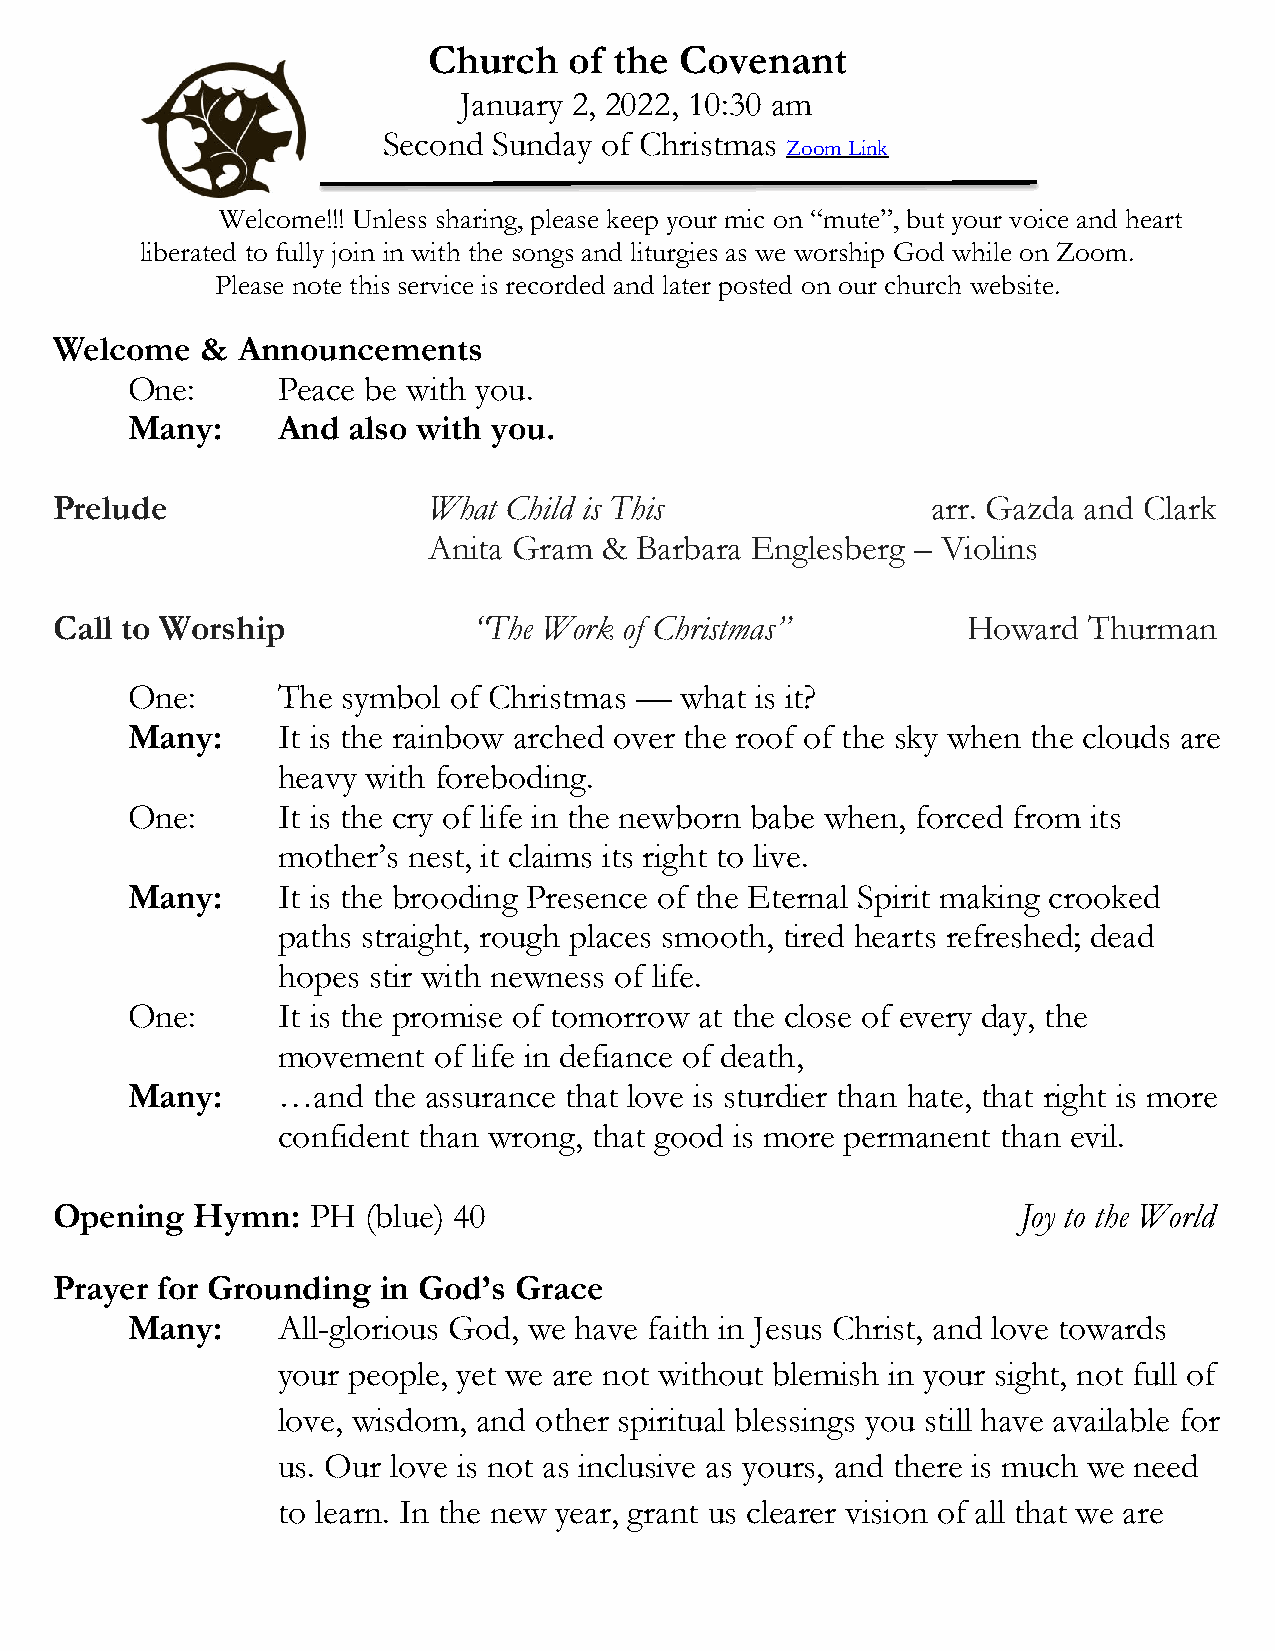
Church    of the Covenant
 January 2, 2022, 10:30 am
 Second  Sunday of Christmas
 Zoom Link
 Welcome!!! Unless sharing, please keep your mic on “mute”, but your voice and heart
 liberated to fully join in with the songs and liturgies as we worship God while on Zoom.
 Please note this service is recorded and later posted on our church website.
 Welcome   &  Announcements
 One:      Peace be with you.
 Many:     And  also with you.
 Prelude                  What Child is This                arr. Gazda and Clark
 Anita Gram  & Barbara Englesberg – Violins
 Call to Worship             “The Work of Christmas”          Howard  Thurman
 One:      The  symbol of Christmas — what is it?
 Many:     It is the rainbow arched over the roof of the sky when the clouds are
 heavy with foreboding.
 One:      It is the cry of life in the newborn babe when, forced from its
 mother’s nest, it claims its right to live.
 Many:     It is the brooding Presence of the Eternal Spirit making crooked
 paths straight, rough places smooth, tired hearts refreshed; dead
 hopes stir with newness of life.
 One:      It is the promise of tomorrow at the close of every day, the
 movement   of life in defiance of death,
 Many:     …and   the assurance that love is sturdier than hate, that right is more
 confident than wrong, that good is more permanent than evil.
 Opening   Hymn:  PH  (blue) 40                                   Joy to the World
 Prayer for Grounding  in God’s Grace
 Many:     All-glorious God, we have faith in Jesus Christ, and love towards
 your people, yet we are not without blemish in your sight, not full of
 love, wisdom, and other spiritual blessings you still have available for
 us. Our love is not as inclusive as yours, and there is much we need
 to learn. In the new year, grant us clearer vision of all that we are